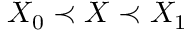
X _ { 0 } \prec X \prec X _ { 1 }